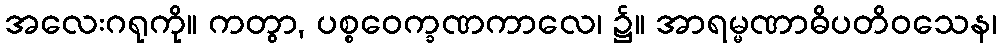
အလေးဂရုကို။ ကတွာ, ပစ္စဝေက္ခဏကာလေ၊ ၌။ အာရမ္မဏာဓိပတိဝသေန၊